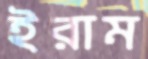
ইরাম